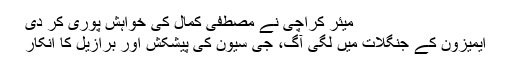
میئر کراچی نے مصطفی کمال کی خواہش پوری کر دی
ایمیزون کے جنگلات میں لگی آگ، جی سیون کی پیشکش اور برازیل کا انکار